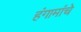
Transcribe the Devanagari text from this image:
हंगामांचे